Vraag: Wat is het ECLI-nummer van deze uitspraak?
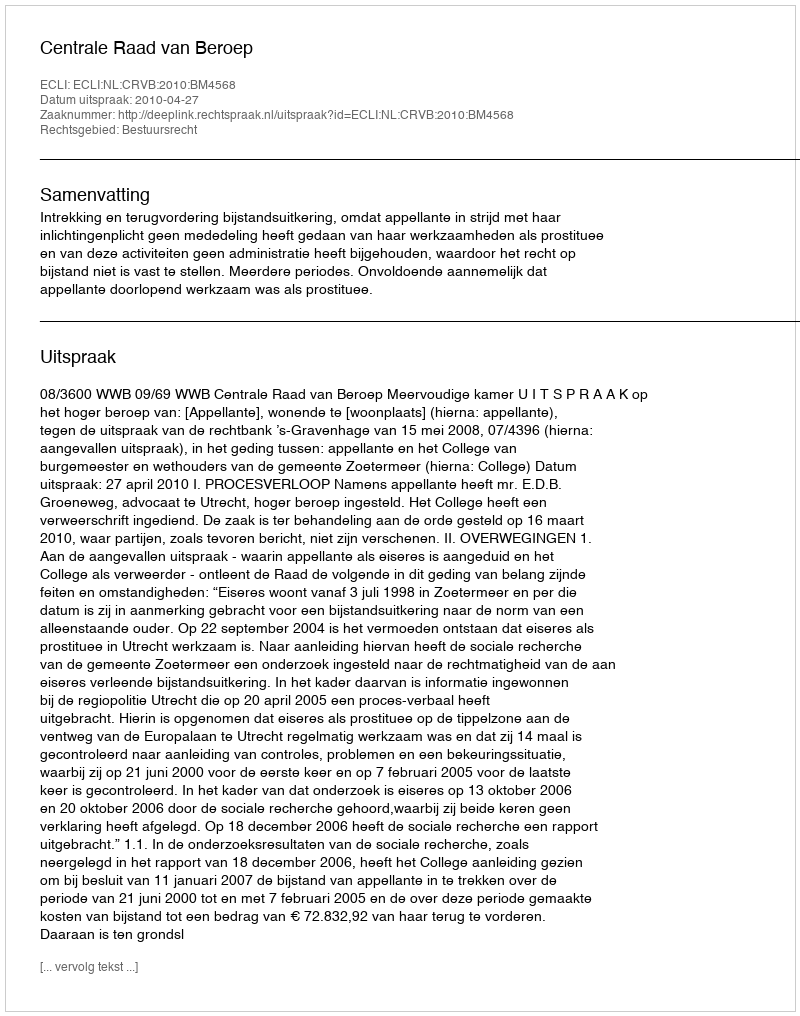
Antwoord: ECLI:NL:CRVB:2010:BM4568